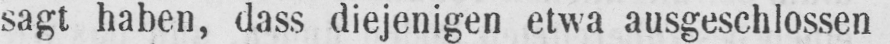
sagt haben, dass diejenigen etwa ausgeschlossen